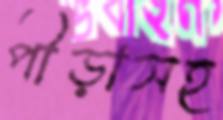
পীড়াসহ